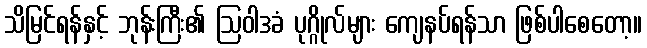
သိမြင်ရန်နှင့် ဘုန်းကြီး၏ ဩဝါဒခံ ပုဂ္ဂိုလ်များ ကျေနပ်ရန်သာ ဖြစ်ပါစေတော့။